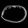
Digit: ၀